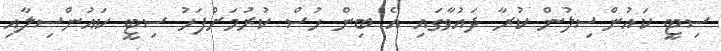
ސިޓީ ކައުންސިލުން ކުރާ ދައުވާގައި އެ ބިން ހުސް ކުރުމަށްފަހު ސިޓީ ކައުންސިލާއި